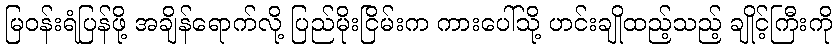
မြဝန်းရံပြန်ဖို့ အချိန်ရောက်လို့ ပြည်မိုးငြိမ်းက ကားပေါ်သို့ ဟင်းချိုထည့်သည့် ချိုင့်ကြီးကို